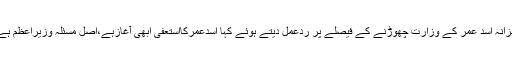
تفصیلات کے مطابق وزیر بلدیات سندھ سعیدغنی نے وزیر خزانہ اسد عمر کے وزارت چھوڑنے کے فیصلے پر ردعمل دیتے ہوئے کہا اسدعمرکااستعفیٰ ابھی آغازہے،اصل مسئلہ وزیراعظم ہے، وژن وزیراعظم کےپاس نہیں توکابینہ کےپاس کیسے ہوگا۔